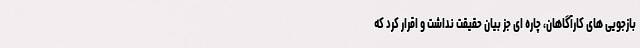
بازجویی های کارآگاهان، چاره ای جز بیان حقیقت نداشت و اقرار کرد که